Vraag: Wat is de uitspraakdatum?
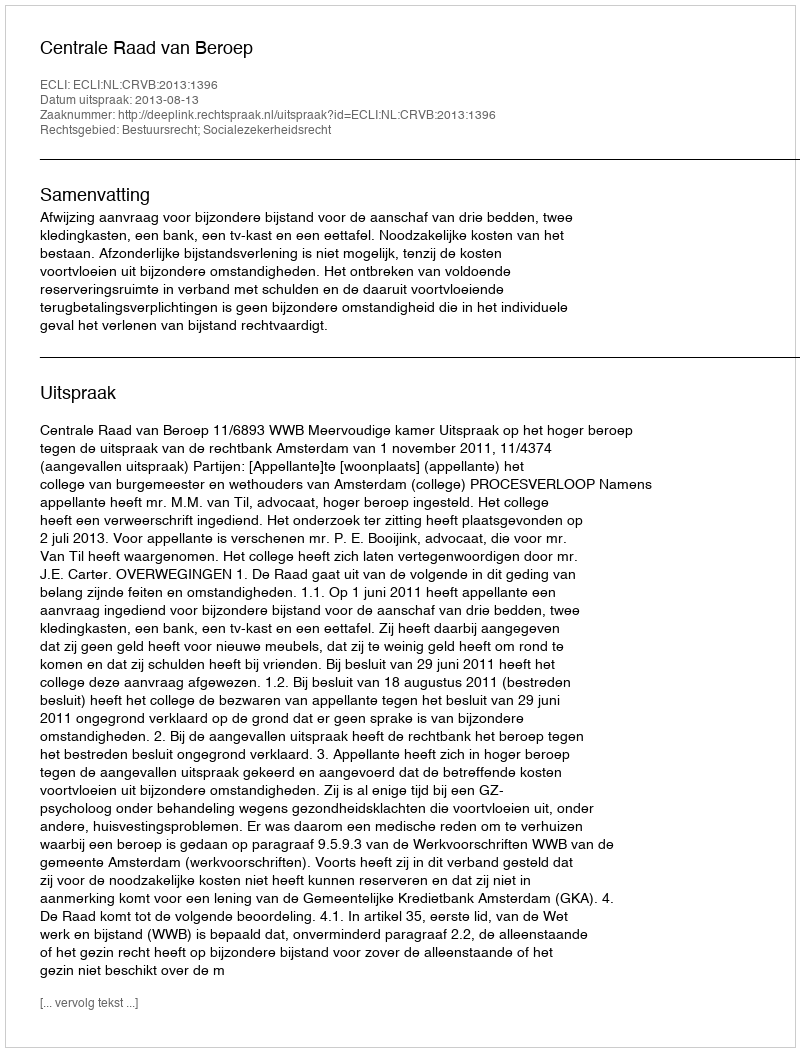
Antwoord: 2013-08-13